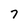
Character: 7